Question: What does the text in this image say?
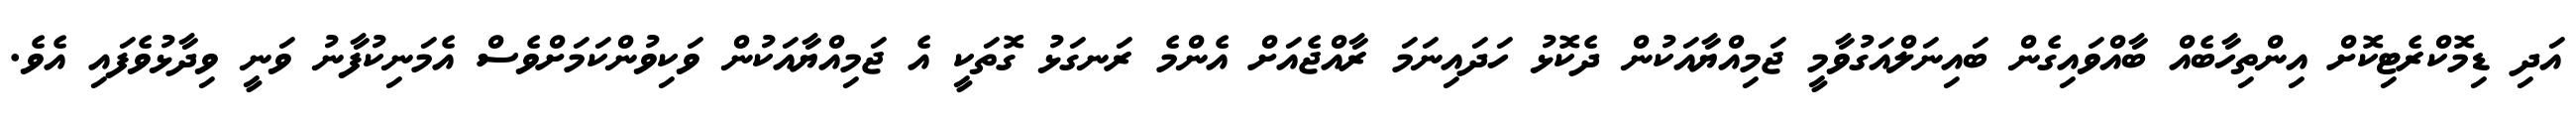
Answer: އަދި ޑިމޮކްރެޓިކޮށް އިންތިހާބެއް ބާއްވައިގެން ބައިނަލްއަގުވާމީ ޖަމިއްޔާއަކުން ދެކޮޅު ހަދައިނަމަ ރާއްޖެއަށް އެންމެ ރަނގަޅު ގޮތަކީ އެ ޖަމިއްޔާއަކުން ވަކިވުންކަމަށްވެސް އެމަނިކުފާނު ވަނީ ވިދާޅުވެފައި އެވެ.